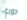
دوري